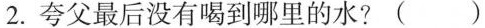
2.夸父最后没有喝到哪里的水?()